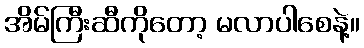
အိမ်ကြီးဆီကိုတော့ မလာပါစေနဲ့။